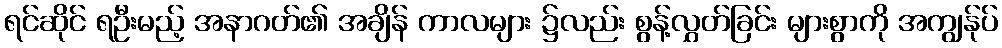
ရင်ဆိုင် ရဦးမည့် အနာဂတ်၏ အချိန် ကာလများ ၌လည်း စွန့်လွှတ်ခြင်း များစွာကို အကျွန်ုပ်